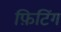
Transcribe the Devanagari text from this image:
फ़िटिंग